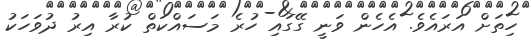
ހިތަށް އަރައެވެ. އެހެން ވަނީ ގޭގައި ހުރެ މަސައްކަތް ކުރާ އިރު ދުވަހަކު